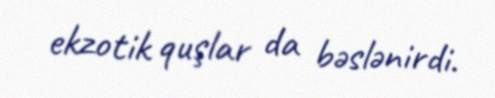
ekzotik quşlar da bəslənirdi.